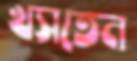
খসতেন